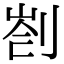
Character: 𠝀